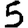
Digit: 5